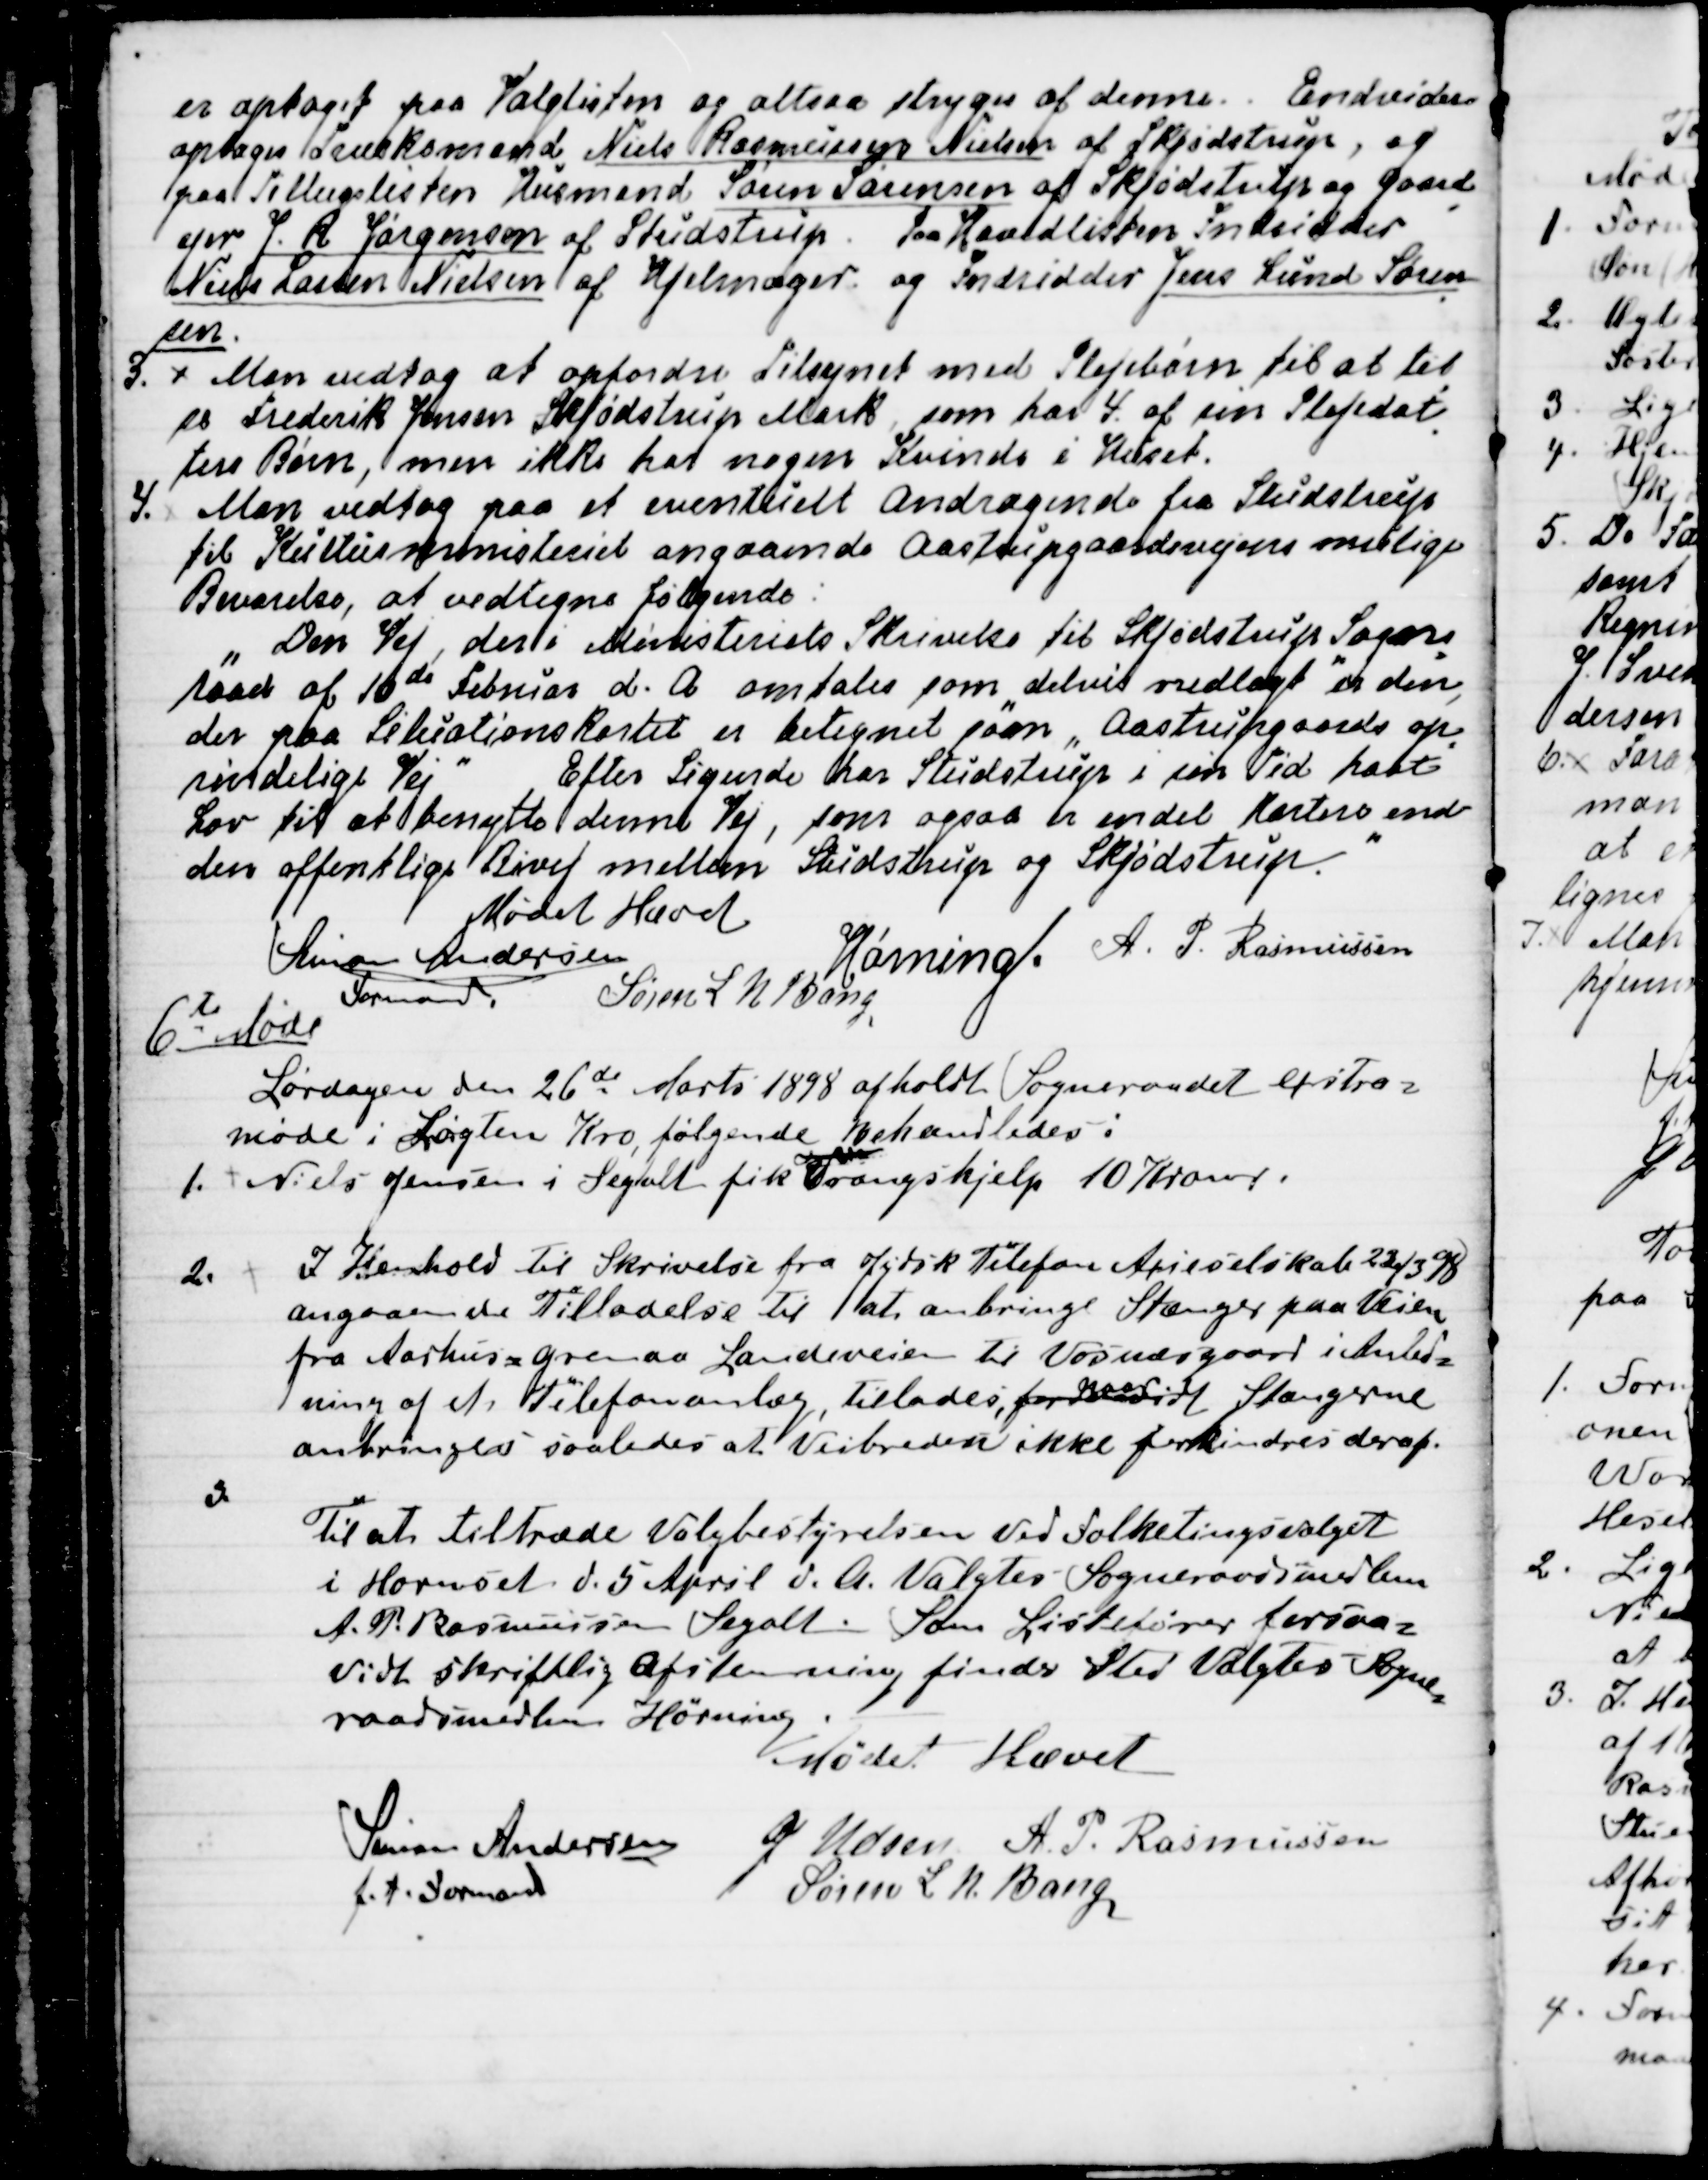
Transskription:
er optaget paa Valglisten og altsaa stryges af denne.  Endvidere
optoges Træskomand Niels Rasmussen Nielsen af Skjødstrup, og
paa Tillægslisten Husmand Søren Sørensen af Skjødstrup og Gaard
-
ejer J. R. Jørgensen af Studstrup. Paa Hovedlisten Indsidder
Niels Lassen Nielsen af Hjelmager og Indsidder Jens Lund Søren
-
sen.
3. Man vedtog at opfordre Tilsynet med Plejebørn til at til
-
se Frederik Jensen Skjødstrup Mark, som har 4. af sin Plejedat
-
ters Børn, men ikke har nogen Kvinde i Huset.
4. Man vedtog paa et eventuelt Andragende fra Studstrup
til Kulturministeriet angaaende Aastrupgaardvejens mulige
Bevarelse, at vedtage følgende:
"Den Vej, der i Ministeriets Skrivelse til Skjødstrup Sogne
=
raad af 10de Februar d. A. omtales som "delvis nedlagt" er den,
der paa Situationskortet er betegnet som "Aastrupgaards op
=
rindelige Vej" Efter Sigende har Studstrup i sin Tid havt
Lov til at benytte denne Vej, som ogsaa er en del kortere end
den offentlige Bivej mellem Studstrup og Skjødstrup. 
"
Mødet Hævet.
Simon Andersen
Formand
Hørning.
A. P. Rasmussen
Søren L N Bang

6te Møde
Lørdagen den 26de Marts 1898 afholdt Sogneraadet extra=
møde i Løgten Kro, følgende behandledes:
1. 
Niels Jensen i Segalt fik Trangshjelp 10 Kroner.
2.
I Henhold til Skrivelse fra Jydsk Telefon Axieselskab 22/3 98
angaaende Tilladelse til at anbringe Stænger paa Veien
fra Aarhus = Grenaa Landeveien til Vosnæsgaard i Anled=
ning af et Telefonanlæg, tillades, forsaavidt
naar
Stængerne
anbringes saaledes at Veibreden ikke forhindres deraf.
3.
Til at tiltræde Valgbestyrelsen ved Folketingsvalget
i Hornslet d. 5 April d. A. Valgtes Sogneraadsmedlem 
A. P. Rasmussen Segalt. Som Listefører forsaa=
vidt skriftlig Afstemning finder Sted Valgtes Sogne
=
raadsmedlem Hørning.
Mødet Hævet
Simon Andersen
f.t. Formand
J Udsen
A. P. Rasmussen
Søren L. N. Bang